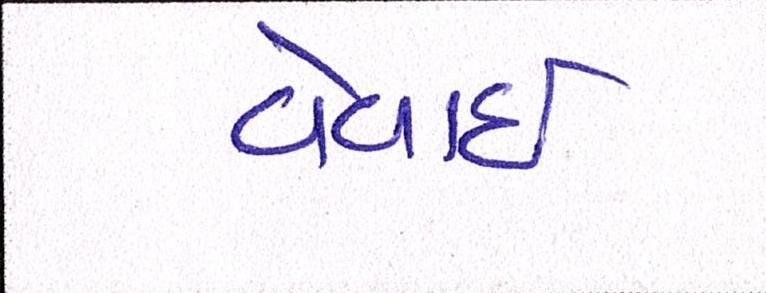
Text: વેવાઈ